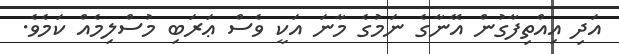
އަދި އިއްތިފާގުން އޭނާގެ ނަމުގެ މާނަ އަކީ ވެސް ޢަރަބި މުސްލިމެއް ކަމެވެ.